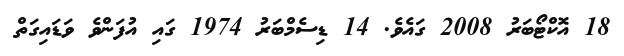
18 އޮކްޓޯބަރު 2008 ގައެވެ. 14 ޑިސެމްބަރު 1974 ގައި އުފަންވެ ވަޑައިގަތް